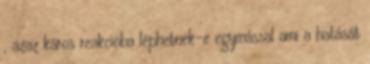
, azaz káros reakcióba léphetnek-e egymással ami a hatását